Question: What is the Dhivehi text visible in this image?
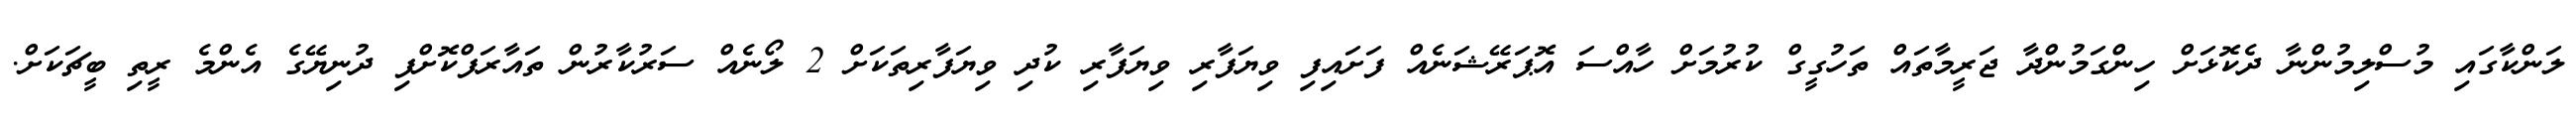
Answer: ލަންކާގައި މުސްލިމުންނާ ދެކޮޅަށް ހިންގަމުންދާ ޖަރީމާތައް ތަހުގީގް ކުރުމަށް ހާއްސަ އޮޕަރޭޝަނެއް ފަށައިފި ވިޔަފާރި ވިޔަފާރި ކުދި ވިޔަފާރިތަކަށް 2 ލޯނެއް ސަރުކާރުން ތައާރަފްކޮށްފި ދުނިޔޭގެ އެންމެ ރީތި ބީޗަކަށް.